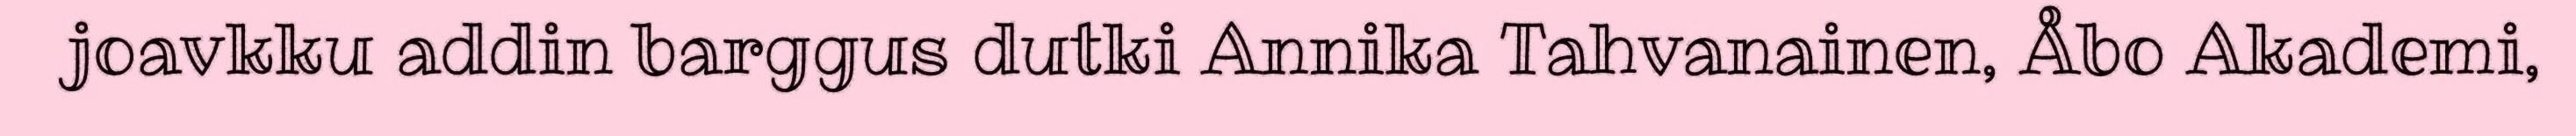
joavkku addin barggus dutki Annika Tahvanainen, Åbo Akademi,